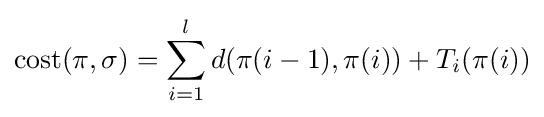
\mathrm {cost} (\pi ,\sigma )=\sum _{i=1}^{l}d(\pi (i-1),\pi (i))+T_{i}(\pi (i))